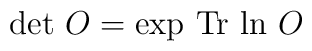
\det\,O=\exp\,{\rm Tr}\,\ln\,O